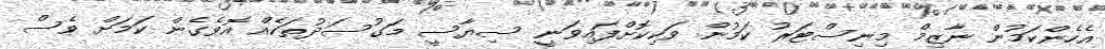
އެހެންކަމުން ނާޒިމް މިނިސްޓަރު ކަމުން ވަކިކޮށްފައިވަނީ ސިޔާސީ މަގުސަދުތަކެއް އޮވެގެން ކަމަށް ވެސް